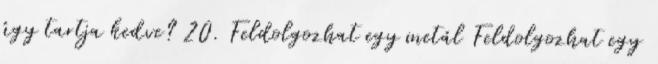
úgy tartja kedve? 20. Feldolgozhat egy metál Feldolgozhat egy